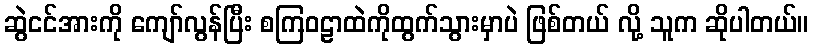
ဆွဲငင်အားကို ကျော်လွန်ပြီး စကြဝဠာထဲကိုထွက်သွားမှာပဲ ဖြစ်တယ် လို့ သူက ဆိုပါတယ်။